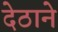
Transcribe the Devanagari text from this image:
देठाने